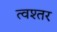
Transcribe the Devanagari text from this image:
त्वश्तर